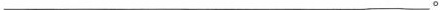
___